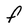
Character: F